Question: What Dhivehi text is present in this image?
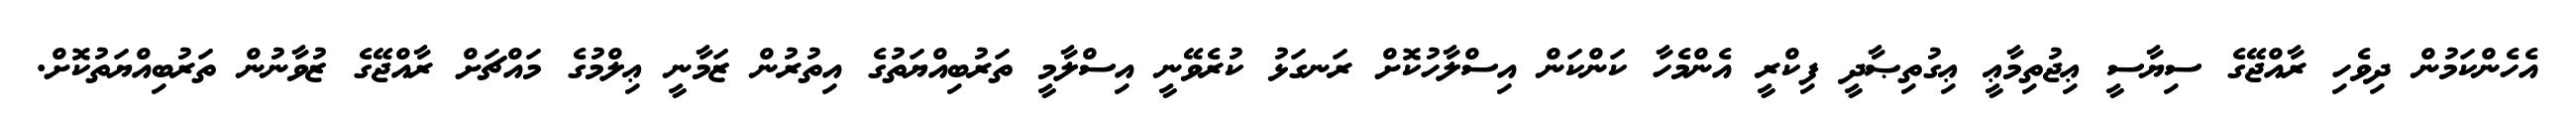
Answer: އެހެންކަމުން ދިވެހި ރާއްޖޭގެ ސިޔާސީ ޢިޖުތިމާޢީ ޢިގުތިޞާދީ ފިކްރީ އެންމެހާ ކަންކަން އިސްލާހުކޮށް ރަނގަޅު ކުރެވޭނީ އިސްލާމީ ތަރުބިއްޔަތުގެ އިތުރުން ޒަމާނީ ޢިލްމުގެ މައްޗަށް ރާއްޖޭގެ ޒުވާނުން ތަރުބިއްޔަތުކޮށް.